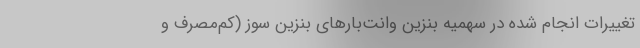
تغییرات انجام شده در سهمیه بنزین وانت‌بارهای بنزین سوز (کم‌مصرف و